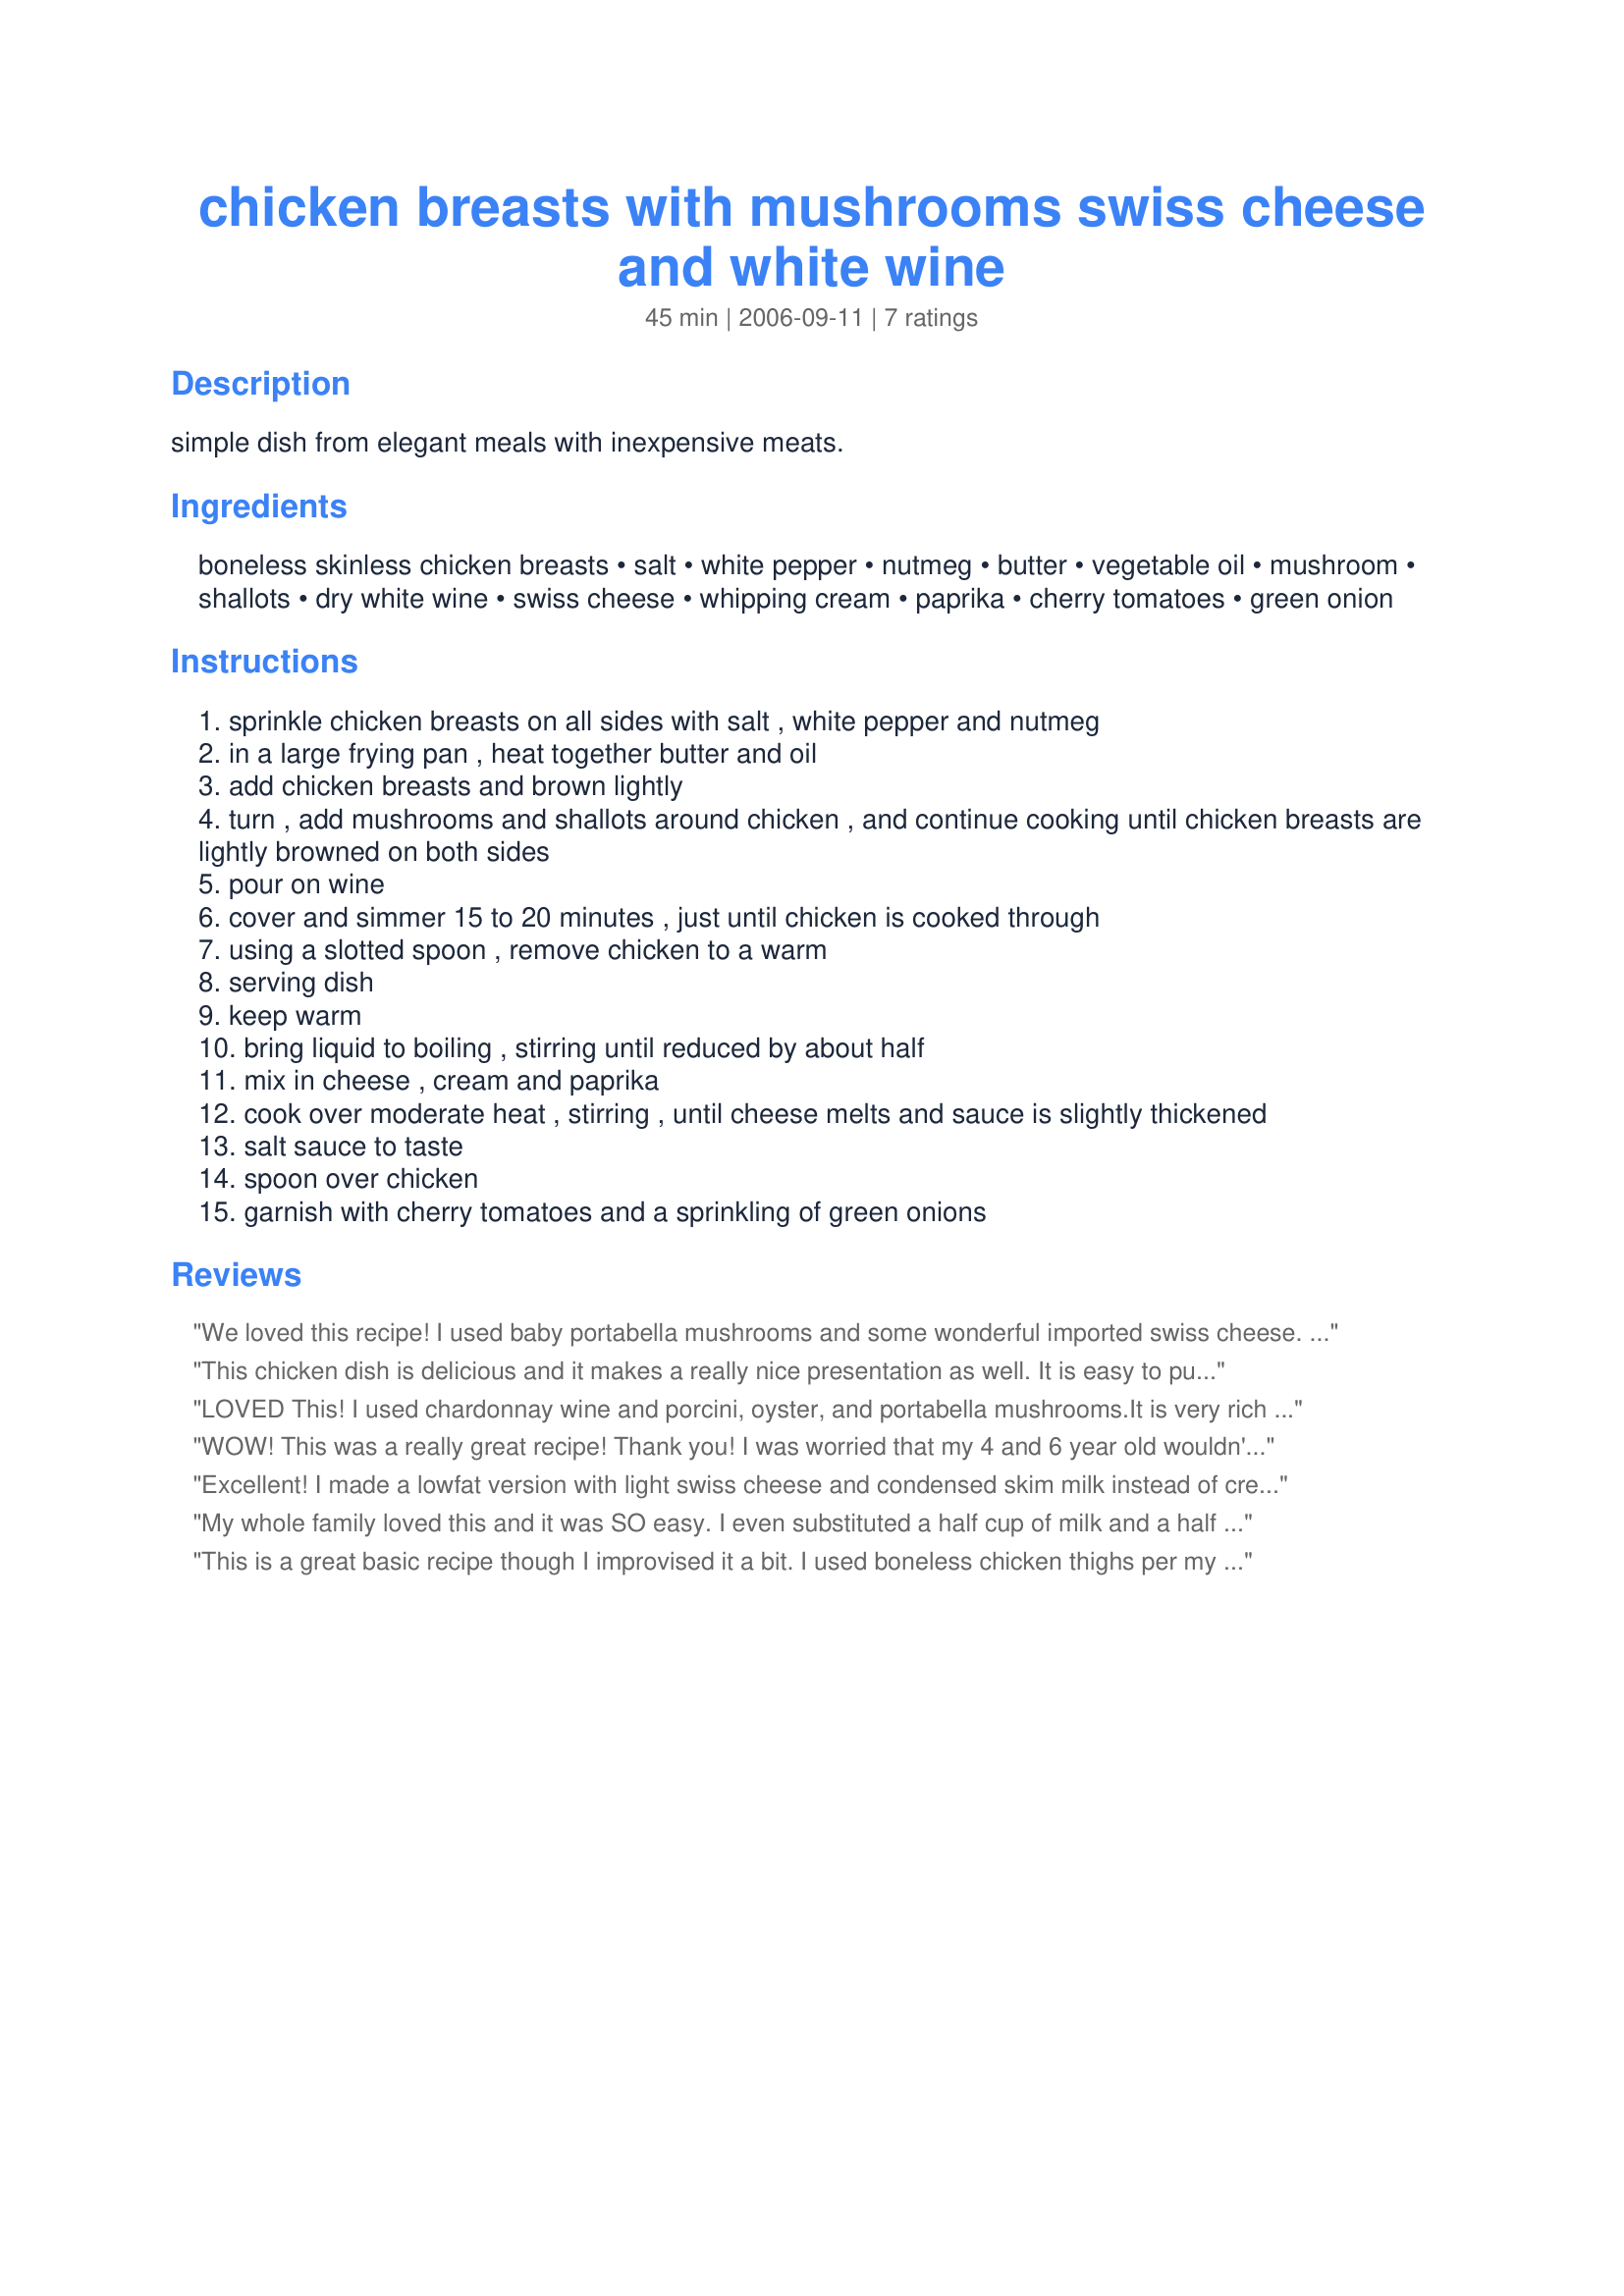
chicken breasts with mushrooms swiss cheese and white wine
Preparation time: 45 minutes

simple dish from elegant meals with inexpensive meats.

Ingredients:
boneless skinless chicken breasts, salt, white pepper, nutmeg, butter, vegetable oil, mushroom, shallots, dry white wine, swiss cheese, whipping cream, paprika, cherry tomatoes, green onion

Steps:
sprinkle chicken breasts on all sides with salt , white pepper and nutmeg
in a large frying pan , heat together butter and oil
add chicken breasts and brown lightly
turn , add mushrooms and shallots around chicken , and continue cooking until chicken breasts are lightly browned on both sides
pour on wine
cover and simmer 15 to 20 minutes , just until chicken is cooked through
using a slotted spoon , remove chicken to a warm
serving dish
keep warm
bring liquid to boiling , stirring until reduced by about half
mix in cheese , cream and paprika
cook over moderate heat , stirring , until cheese melts and sauce is slightly thickened
salt sauce to taste
spoon over chicken
garnish with cherry tomatoes and a sprinkling of green onions

Reviews:
We loved this recipe! I used baby portabella mushrooms and some wonderful imported swiss cheese. This recipe is SUPER easy and has fantastic results! Thanks Lazyme!!!!
This chicken dish is delicious and it makes a really nice presentation as well. It is easy to put together, but looks like you spent all day. : ) DH loved it and practically scraped the pan dry for the rest of the sauce and mushrooms. Made for the FYC tag game.
LOVED This! I used chardonnay wine and porcini, oyster, and portabella mushrooms.It is very rich and easy to make. This will definitely impress company. I wish I could give this more stars!
WOW! This was a really great recipe! Thank you! I was worried that my 4 and 6 year old wouldn't eat it but they went for seconds. I followed the recipe exactly. I used Chardonnay and an Amish Swiss cheese. I also used an organic heavy cream and thought it would be too much but it was just perfect. I can't wait to make it again! I didn't put the green onions on top in fear my kids would say "yuck" and not eat but the shallots were perfect and it didn't even need the scallions.
Excellent! I made a lowfat version with light swiss cheese and condensed skim milk instead of cream, and it was still superb. My coworkers were all jealous when they smelled it reheated the next day!
My whole family loved this and it was SO easy. I even substituted a half cup of milk and a half tablespoon of cornstarch for the heavy cream and it was still delicious. I&#039;m sure with the cream this is company-worthy. Added a little thyme instead of the paprika. Thanks for a great recipe.
This is a great basic recipe though I improvised it a bit. I used boneless chicken thighs per my husband's preference and just make sure to cook them on the longer end of the 8-10 minute range. Also I had two pieces of leftover turkey bacon that was already cooked so I chopped it up and added it at the end. It went well with the other ingredients and rice &amp; spinach I served with the chicken. Next time I will try cooking diced turkey bacon in the pan first, using the fat in place of olive oil to cook the chicken.
